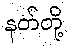
နတ်တို့